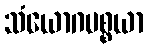
သံယောဂပစ္စယာ